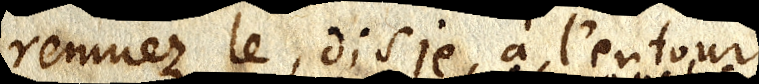
remuez le, dis je à l’entour